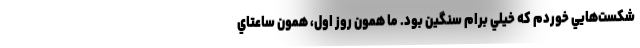
شكست‌هايي خوردم كه خيلي برام سنگين بود. ما همون روز اول، همون ساعتاي